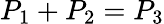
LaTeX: P_{1}+P_{2}=P_{3}